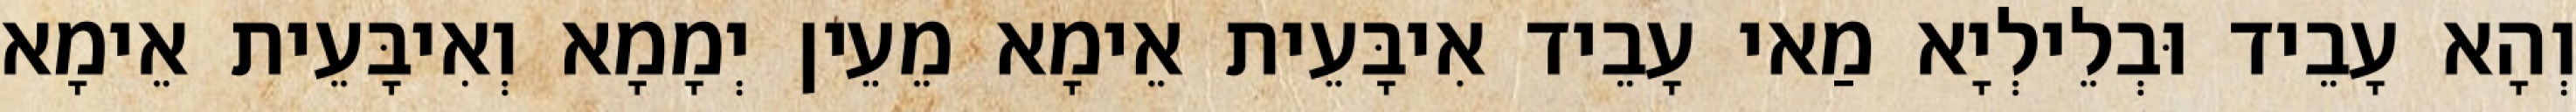
וְהָא עָבֵיד וּבְלֵילְיָא מַאי עָבֵיד אִיבָּעֵית אֵימָא מֵעֵין יְמָמָא וְאִיבָּעֵית אֵימָא